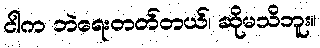
ငါက ဘဲရေးတတ်တယ်၊ ဆိုမသိဘူး။